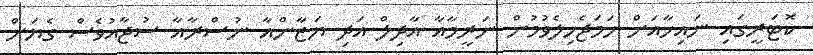
ކޮޓަރީގައި ނައިހާއަށް ހަމަޖެހިލެވުމުން ނަރީމާއާ އާދިލް އަދި ޔަޒާންއާ ނުސްރާއާ ސުޖާއުވެސް ގެޔަށް